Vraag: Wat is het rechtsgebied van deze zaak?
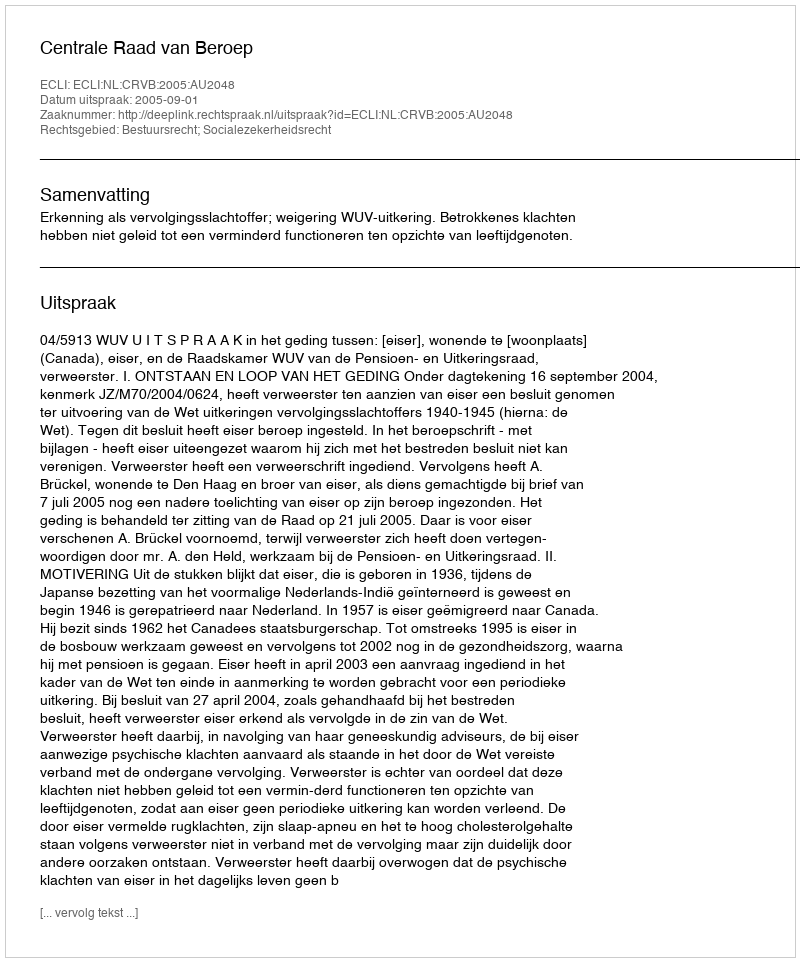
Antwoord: Bestuursrecht; Socialezekerheidsrecht